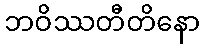
ဘဝိဿတီတိနော